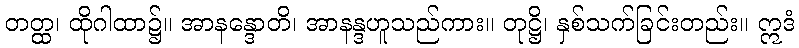
တတ္ထ၊ ထိုဂါထာ၌။ အာနန္ဒောတိ၊ အာနန္ဒဟူသည်ကား။ တုဋ္ဌိ၊ နှစ်သက်ခြင်းတည်း။ ဣဒံ